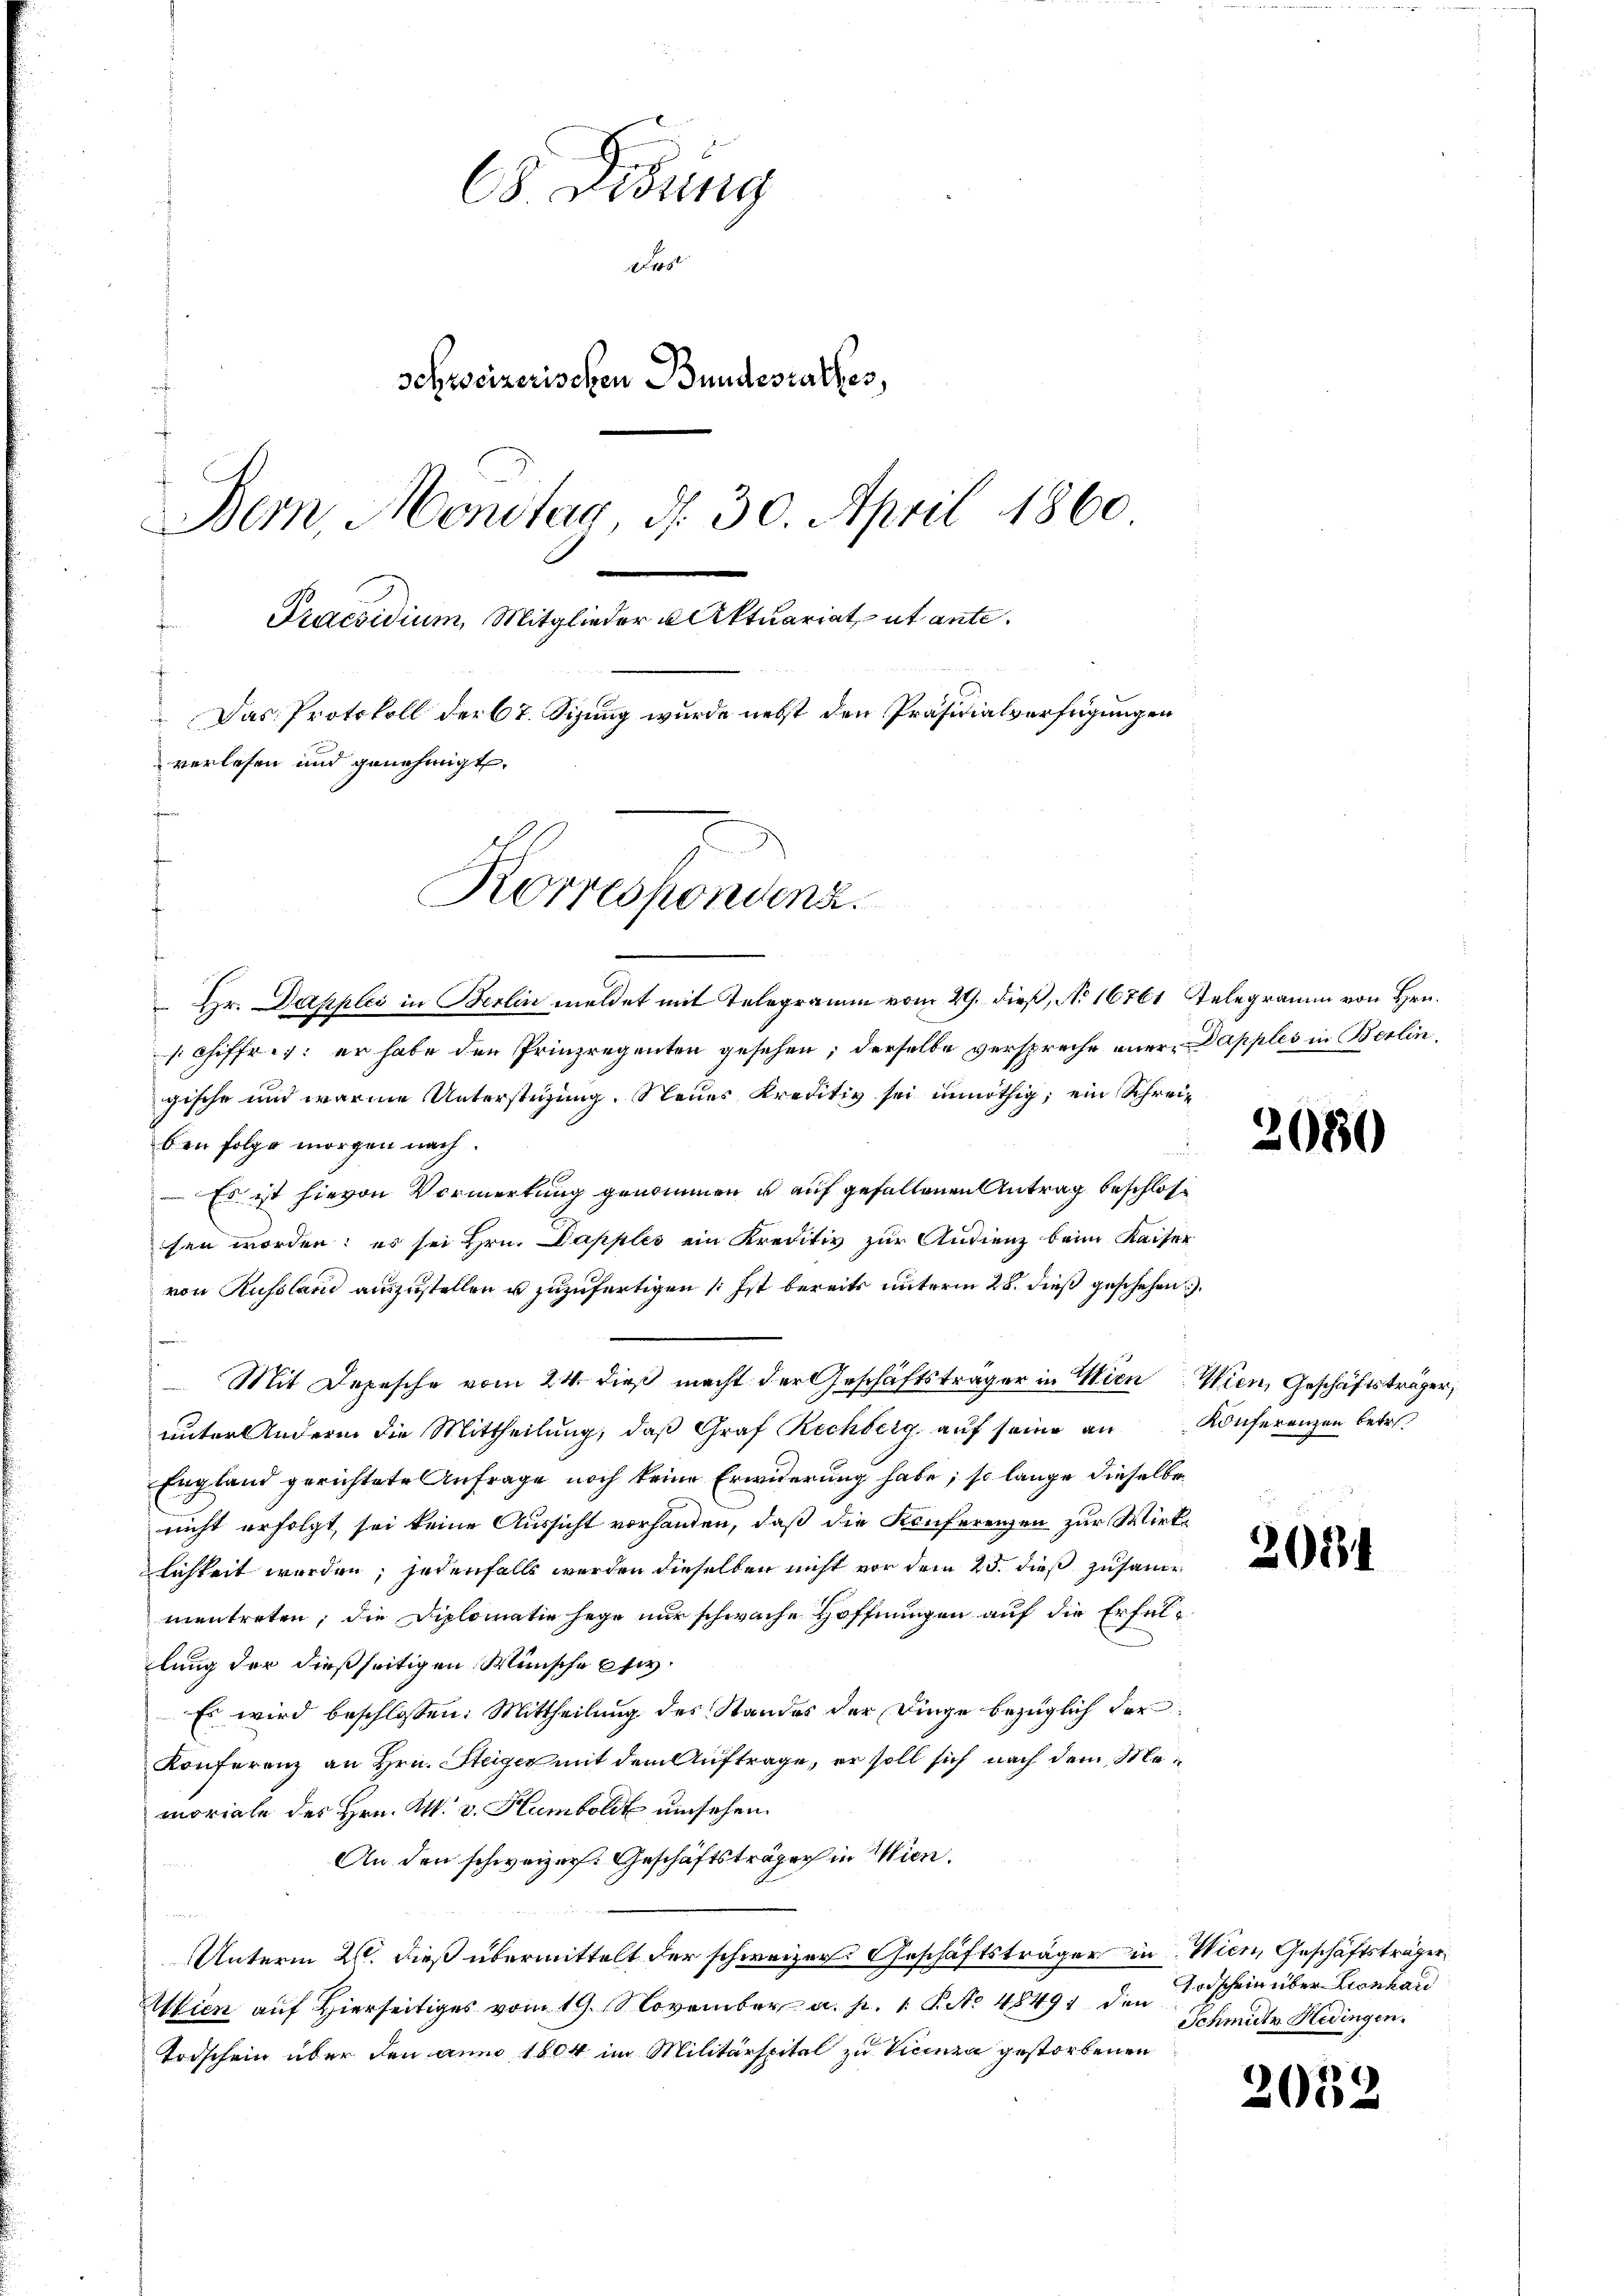
65. Disung
Des
Schweizerischen Bundesrathes,
Bern, Montag, d. 30. April 1860
Praesidium, Mitglieder u Aktuariat ut ante¬
Das Protokoll der 67. Sizung wurde nebst den Präsidialverfügungen
verlesen und genehmigt.
Korrespondenz.

Hr. Dapples in Berlin meldet mit Telegramm vom 29. dieß, No 16761, Telegramm von Hrn.
schiffr. 7: er habe den Prinzregenten gesehen; derselbe verspreche einer Dapples in Berlingische und warme Unterstüzung. Neues Kreditiv sei unnöthig; ein Schreiben folge morgen nach
 Es ist hievon Vormerkung genommen u auf gefallenen Antrag beschlossen worden; es sei Hrn. Dapples ein Kreditiv zur Audienz beim Kaiser
von Russland auszustellen u zuzufertigen (: Ist bereits unterm 28. dieß geschehen
Mit Depesche vom 24. dieß macht der Geschäftsträger in Wien Wien, Geschäftsträger,
unter Andern die Mittheilŭng, daβ Graf Rechberg aŭf seine an Konferenzen betr.
England gerichtete Anfrage noch keine Erwiderung habe; so lange dieselbe
nicht erfolgt sei keine Aussicht vorhanden, daß die Konferenzen zur Wirklichkeit werden, jedenfalls werden dieselben nicht vor dem 25. dieß zusamme
mentreten; die Diplomatin hege nur schwache Hoffnungen auf die Erfüllung der dießseitigen Wünsche pfw.
Es wird beschlossen: Mittheilung des Standes der Dinge bezüglich dor
Konferenz an Hrn. Steiger mit dem Auftrage, er soll sich nach dem Memoriale des Hrn. M. v. Humboldt umsehen.
An den schweizer. Geschäftsträger in Wien.
e
Unterm 26. dieß übermittelt der schweizer Geschäftsträger in Wien, Geschäftsträger
Wien auf Hierseitiges vom 19. November a. p. 1. P. No 48491 den
Torschein über den anno 1804 im Militärspital zu Vicenza gestorbenen

208

2034

Vorschein über Leonhard
Schmitz Hedingen.

2052